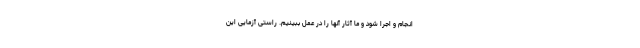
انجام و اجرا شود و ما آثار آنها را در عمل ببینیم. راستی آزمایی این